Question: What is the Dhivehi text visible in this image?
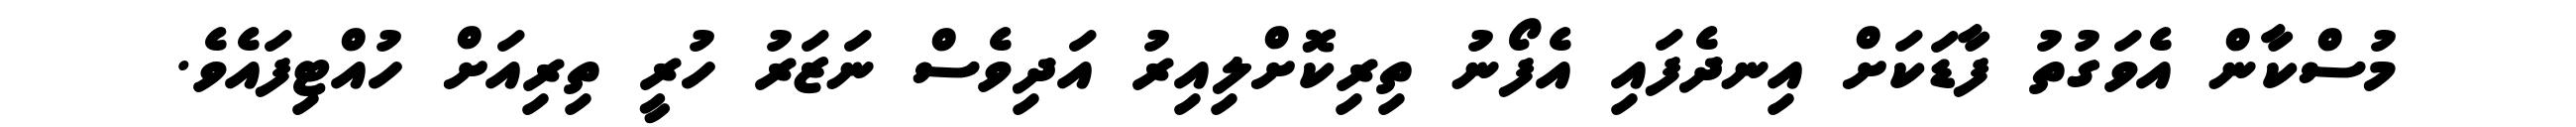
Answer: މުސްކާން އެވަގުތު ފާޑަކަށް އިނދެފައި އެފޯނު ތިރިކޮށްލިއިރު އަދިވެސް ނަޒަރު ހުރީ ތިރިއަށް ހުއްޓިފައެވެ.